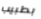
بطبيب